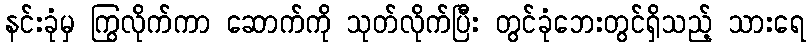
နင်းခုံမှ ကြွလိုက်ကာ ဆောက်ကို သုတ်လိုက်ပြီး တွင်ခုံဘေးတွင်ရှိသည့် သားရေ